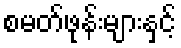
စမတ်ဖုန်းများနှင့်